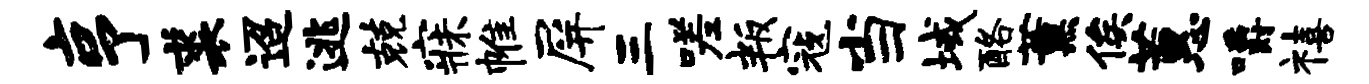
亨裘迢逃兢寐帷屏三嗟叛寇当域酪薰俟蕙嚼禧